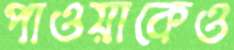
পাওয়াকেও